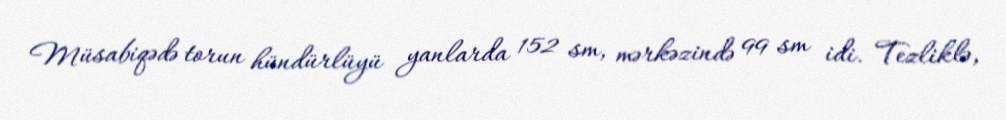
Müsabiqədə torun hündürlüyü yanlarda 152 sm, mərkəzində 99 sm idi. Tezliklə,